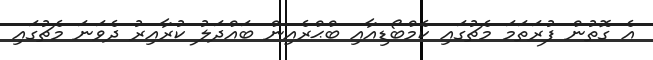
އެ ގޮތުން ފުރަތަމަ މެޗުގައި ކެމްބޯޑިއާއި ބްޙްރެއިން ބައްދަލު ކުރާއިރު ދެވަނަ މެޗުގައި